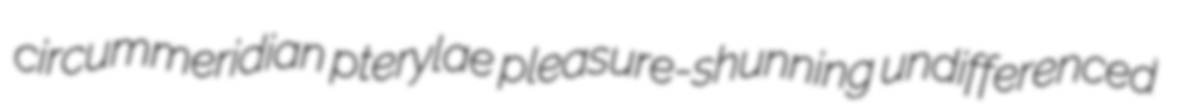
circummeridian pterylae pleasure-shunning undifferenced